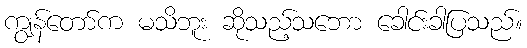
ကျွန်တော်က မသိဘူး ဆိုသည့်သဘော ခေါင်းခါပြသည်။